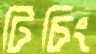
টিচিং